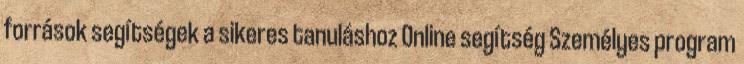
források segítségek a sikeres tanuláshoz Online segítség Személyes program